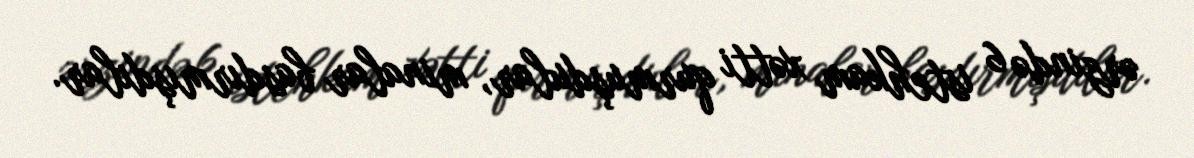
ərzində 6 istehkam xətti qurmuşdular, minalar basdırmışdılar.